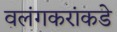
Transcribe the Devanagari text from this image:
वलंगकरांकडे